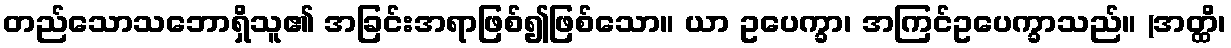
တည်သောသဘောရှိသူ၏ အခြင်းအရာဖြစ်၍ဖြစ်သော။ ယာ ဥပေက္ခာ၊ အကြင်ဥပေက္ခာသည်။ (အတ္ထိ၊